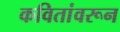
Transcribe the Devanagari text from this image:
कवितांवरून